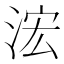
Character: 浤